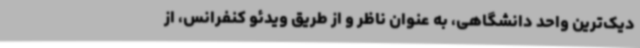
دیک‌ترین واحد دانشگاهی، به عنوان ناظر و از طریق ویدئو کنفرانس، از